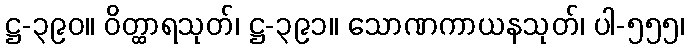
ဋ္ဌ-၃၉၀။ ဝိတ္ထာရသုတ်၊ ဋ္ဌ-၃၉၁။ သောဏကာယနသုတ်၊ ပါ-၅၅၅၊